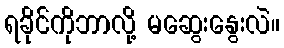
ရခိုင်ကိုဘာလို့ မဆွေးနွေးလဲ။